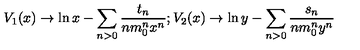
V _ { 1 } ( x ) \rightarrow \ln x - \sum _ { n > 0 } \frac { t _ { n } } { n m _ { 0 } ^ { n } x ^ { n } } ; V _ { 2 } ( x ) \rightarrow \ln y - \sum _ { n > 0 } \frac { s _ { n } } { n m _ { 0 } ^ { n } y ^ { n } }